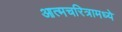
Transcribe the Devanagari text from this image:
आत्मचरित्रामध्ये